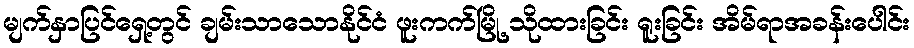
မျက်နှာပြင်ရှေ့တွင် ချမ်းသာသောနိုင်ငံ ဖူးကက်မြို့ သိုထားခြင်း ရူးခြင်း အိမ်ရာအခန်းပေါင်း